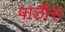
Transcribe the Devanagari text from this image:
पाठीस